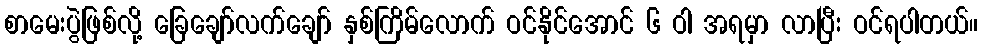
စာမေးပွဲဖြစ်လို့ ခြေချော်လက်ချော် နှစ်ကြိမ်လောက် ဝင်နိုင်အောင် ၆ ဝါ အရမှာ လာပြီး ဝင်ရပါတယ်။